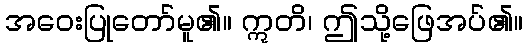
အဝေးပြုတော်မူ၏။ ဣတိ၊ ဤသို့ဖြေအပ်၏။